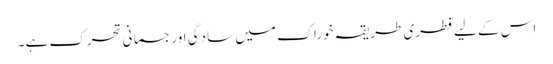
اس کے لیے فطری طریقہ خوراک میں سادگی اور جسمانی تحرک ہے۔